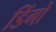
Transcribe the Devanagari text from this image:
डिंगों